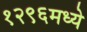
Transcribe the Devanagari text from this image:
१२९६मध्ये